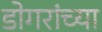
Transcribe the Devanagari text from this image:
डोगरांच्या